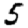
Digit: 5